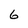
Character: 6